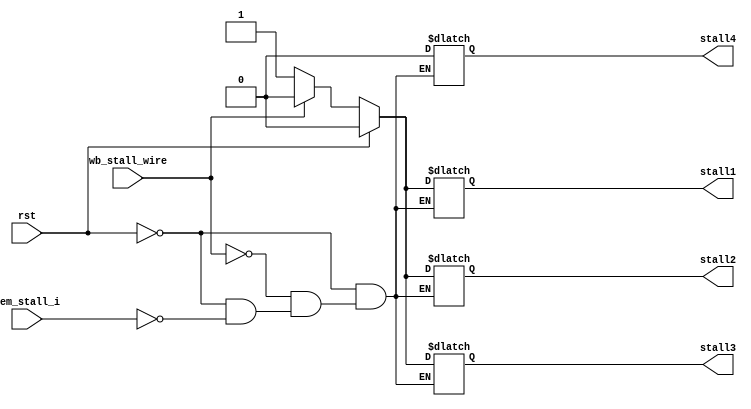
module stall(
    input wire rst,
    input wire mem_stall_i,
    input wire wb_stall_wire,
    output reg stall1,
    output reg stall2,
    output reg stall3,
    output reg stall4
);

    always@(*) begin
        if(rst == 1'b1) begin
            stall1 <= 1'b0;
            stall2 <= 1'b0;
            stall3 <= 1'b0;
            stall4 <= 1'b0;
        end else begin
            if(mem_stall_i == 1'b1) begin
                stall1 = 1'b1;
                stall2 = 1'b1;
                stall3 = 1'b1;
                stall4 = 1'b0;
            end
            if(wb_stall_wire == 1'b1) begin
                stall1 <= 1'b0;
                stall2 <= 1'b0;
                stall3 <= 1'b0;
                stall4 <= 1'b0;
            end
        end
    end

endmodule